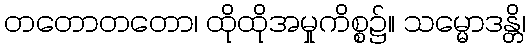
တတောတတော၊ ထိုထိုအမှုကိစ္စ၌။ သမ္မောဒန္တိ၊